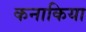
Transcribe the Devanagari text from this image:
कनाकिया